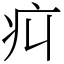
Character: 㽱